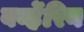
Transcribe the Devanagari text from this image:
बर्व्हेरिन